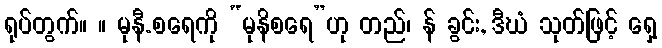
ရုပ်တွက်။ ။ မုနီ.စရေကို “မုနိစရေ”ဟု တည်၊ န် ခွင်း, ဒီဃံ သုတ်ဖြင့် ရှေ့